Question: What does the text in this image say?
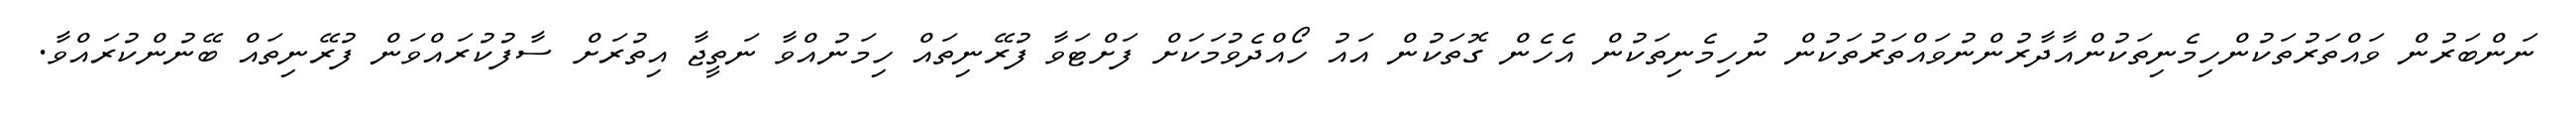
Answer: ނަންބަރުން ވައްތަރުތަކުންހިމެނިތަކުންއާދާރުންނުވައްތަރުތަކުން ނުހިމެނިތަކުން އެހެން ގޮތަކުން އައު ހޯއްދެވުމަކަށް ފަށްޓަވާ ފުރޭނިތައް ހިމަނުއްވާ ނަތީޖާ އިތުރަށް ސާފުކުރައްވަން ފުރޭނިތައް ބޭނުންކުރައްވާ.